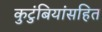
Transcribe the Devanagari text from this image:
कुटुंबियांसहित